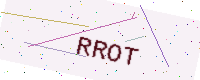
Text: RROT